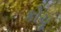
કોચૂ